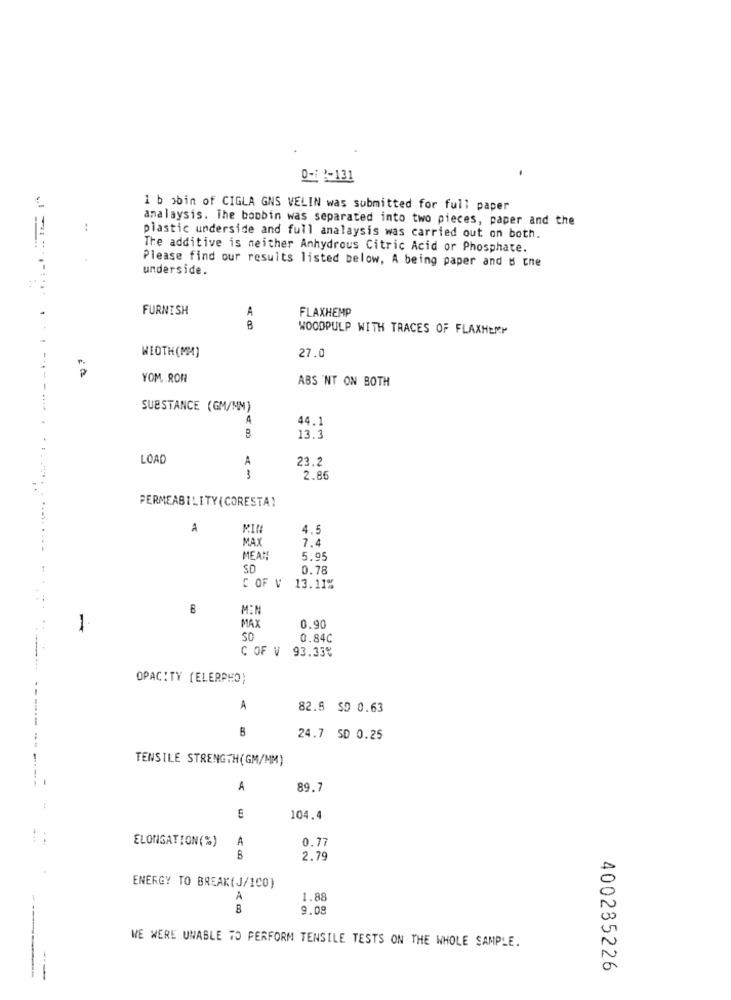
0-1 2-131
1 b obin of CIGLA GNS VELIN was submitted for full paper
analaysis. The boobin was separated into two pieces, paper and the
plastic underside and full analaysis was carried out on both.
The additive is neither Anhydrous Citric Acid or Phosphate.
underside.
Please find our results listed below, A being paper and & the
FURNISH
A
FLAXHEMP
WOODPULP WITH TRACES OF FLAXHEMP
27.0
WIDTH (MM)
YOM. RON
ABS 'NT ON BOTH
SUBSTANCE (GM/MM)
A
44.1
13.3
LOAD
A
23.2
2.86
PERMEABILITY(CORESTA)
A
MIN
4.5
MAX
7.4
MEAN!
5.95
SO
0.78
C OF V 13.11%
MIN
1
MAX
0.90
0.84C
C OF V 93.33%
OPACITY (ELERPHO)
A
82.5 $0 0.63
24.7 SD 0.25
--
TENSILE STRENGTH(GM/MM)
A
89.7
104.4
ELONGATION(%)
A
0.77
2.79
ENERGY TO BREAK(J/100)
A
1.88
B
9.08
WE WERE UNABLE TO PERFORM TENSILE TESTS ON THE WHOLE SAMPLE.
400285226
---